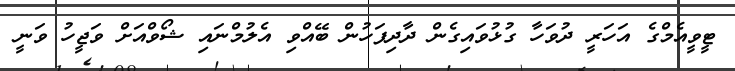
ޓީވީއެމްގެ އަހަރީ ދުވަހާ ގުޅުވައިގެން ދާދިފަހުން ބޭއްވި އެލުމްނައި ޝޯވްއަށް ވަޖީހު ވަނީ